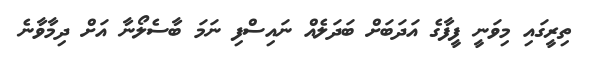
ތިރީގައި މިވަނީ ފީފާގެ އަދަބަށް ބަދަލެއް ނައިސްފި ނަމަ ބާސެލޯނާ އަށް ދިމާވާނެ